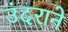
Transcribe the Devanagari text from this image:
उंदराने